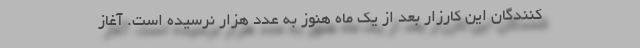
کنندگان این کارزار بعد از یک ماه هنوز به عدد ‌هزار نرسیده ‌است. آغاز